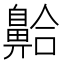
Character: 䶎